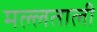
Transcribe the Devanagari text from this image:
मल्लताली